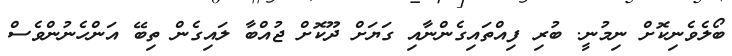
ބޯލެވެނިކޮށް ނިމުނީ. ބުރި ފިއްތައިގެންނާއި ގަޔަށް ދޫކޮށް ޖުއްބާ ލައިގެން ތިބޭ އަންހެނުންވެސް